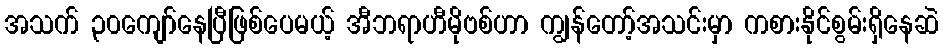
အသက် ၃၀ကျော်နေပြီဖြစ်ပေမယ့် အီဘရာဟီမိုဗစ်ဟာ ကျွန်တော့်အသင်းမှာ ကစားနိုင်စွမ်းရှိနေဆဲ